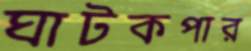
ঘাটকপার